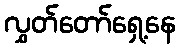
လွှတ်တော်ရှေ့နေ